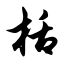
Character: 栝